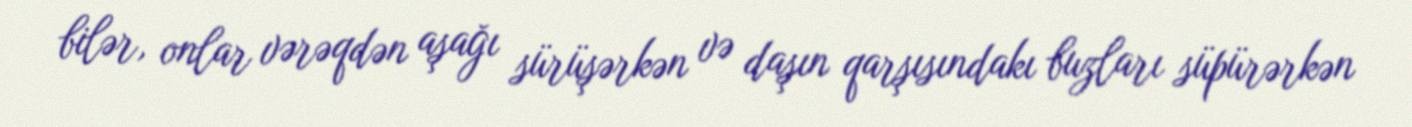
bilər, onlar vərəqdən aşağı sürüşərkən və daşın qarşısındakı buzları süpürərkən